Materia medica of Madras volume I
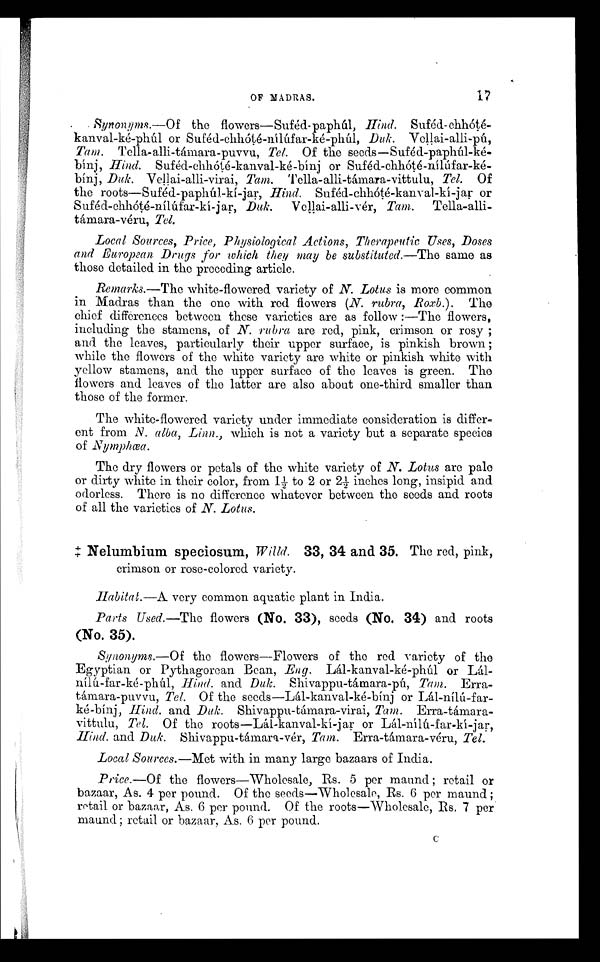
OF MADRAS.
17
Synonyms.—Of the flowers—Suféd-paphúl, H ind. Suféd- chhóté-
kanval-ké-phúl or Suféd-chhóté-nílúfar-ké-phúl, Duk. Vellai-alli-pú,
Tam. Tella-alli-támara-puvvu, Tel. Of the seeds—Suféd-paphúd-ké-
bínj, Hind. Suféd-chhóté-kanval-ké-bínj or Suféd-chhóté-nílúfar-ké--
bínj, Duk. Vellai-alli-virai, Tam. Tella-alli-támara-vittulu, Tel. Of
the roots—Suféd-paphúl-kí-jar, H ind. Suféd-chhóté-kanval-kí-jar or
Suféd-chhóté-nílúfar-kí-jar, Duk, Vellai-alli-vér, Tam, Tella-alli--
támara-véru, Tel.
Local Sources, Price, Physiological Actions, Therapeutic Uses, Doses
and European Drugs for which they may be substituted.—The same as
those detailed in the preceding article.
Remarks.—The white-flowered variety of N. Lotus is more common
•
in Madras than the one with red flowers (N. rubra, Raxb.). The
chief differences between these varieties are as follow :—The flowers,
including the stamens, of N. rubra, are red, pink, crimson or rosy ;
and the leaves, particularly their upper surface, is pinkish brown ;
while the flowers of the white variety are white or pinkish white with
yellow stamens, and the upper surface of the leaves is green. The
flowers and leaves of the latter are also about one-third smaller than
those of the former.
The white-flowered variety under immediate consideration is differ-
ent from N. alba, Linn., which is not a variety but a separate species
of Nymphœa.
The dry flowers or petals of the white variety of N. Lotus are pale
or dirty white in their color, from 1½ to 2 or 2½ inches long, insipid and
odorless. There is no difference whatever between the seeds and roots
of all the varieties of N. Lotus.
‡ Nelumbium speciosum, willd. 33, 34 and 35. The red, pink,
crimson or rose-colored variety.
Habitat.—A very common aquatic plant in India.
Parts Used.—The flowers (No. 33), seeds (No, 34) and roots
(No. 35).
Synonyms.—Of the flowers—Flowers of the red variety of the
Egyptian or Pythagorean Bean, En g. Lál-kanval-ké-phúl or Lál-
ní1ú-far-ké-phúl, Hind. and Duk. Shivappu-támara-pú, Tam. Erra-
támara-puvvu, Tel. Of the seeds—Lál-kanval-ké-bínd or Lál-nílú-far--
ké-bínj, H ind. and Duk. Shivappu-támara-virai, Tam. Erra-támara-
vittulu, Tel. Of the roots—Lál-kanval-kí-jar or Lál-ní1ú-far-kí-jar,
Hind. and Duk. Shivappu-támara-vér, Tam. Erra-támara-véru, Tel.
Local Sources.—Met with in many large bazaars of India.
Price.—Of the flowers—Wholesale, Rs. 5 per maund ; retail or
bazaar, As. 4 per pound. Of the seeds—Wholesale, Rs. 6 per maund ;
retail or bazaar, As. 6 per pound. Of the roots—Wholesale, Rs. 7 per
maund ; retail or bazaar, As. 6 per pound.